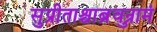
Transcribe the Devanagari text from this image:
सुप्रीताश्चाब्रुवन्रामं